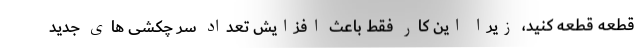
قطعه قطعه کنید، زیرا این کار فقط باعث افزایش تعداد سر چکشی های جدید